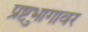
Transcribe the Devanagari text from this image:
प्रुष्टभागावर